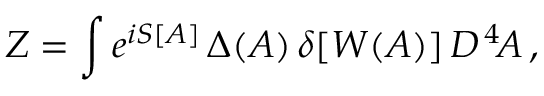
Z = \int e ^ { i S [ A ] } \, \Delta ( A ) \, \delta [ W ( A ) ] \, { \cal D } ^ { \, 4 } \! A \, ,